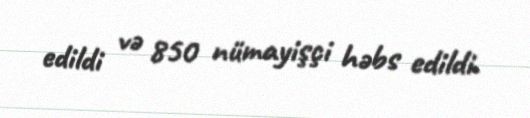
edildi və 850 nümayişçi həbs edildi.